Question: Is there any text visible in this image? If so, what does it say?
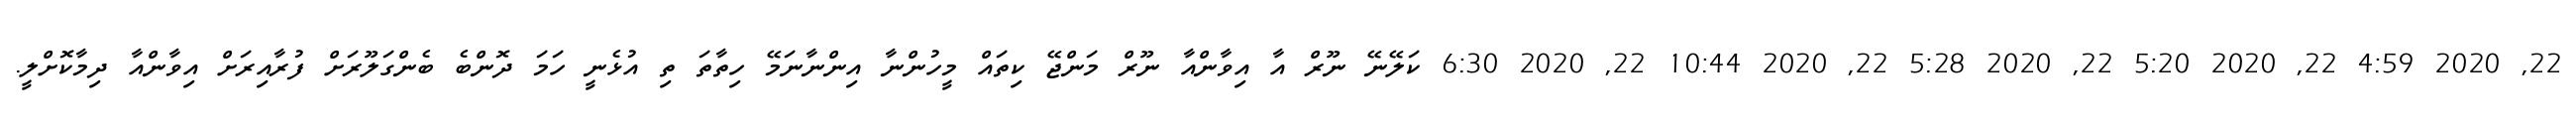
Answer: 22, 2020 4:59 22, 2020 5:20 22, 2020 5:28 22, 2020 10:44 22, 2020 6:30 ކަލޭނޭ ނޫރް އާ އިވާންއާ ނޫރް މަންޖޭ ކިތައް މީހުންނާ އިންނާނަމޭ ހިތާތަ ތި އުޅެނީ ހަމަ ދޮންބެ ބެންގަލޫރަށް ފުރާއިރަށް އިވާންއާ ދިމާކޮށްލީ.